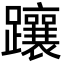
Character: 躟